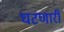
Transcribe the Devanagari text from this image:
घटणारी